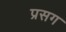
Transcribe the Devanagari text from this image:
प्रसग